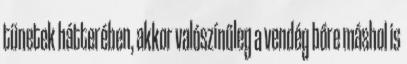
tünetek hátterében, akkor valószínűleg a vendég bőre máshol is